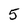
Character: 5